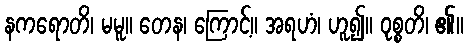
နကရောတိ၊ မမူ။ တေန၊ ကြောင့်။ အရဟံ၊ ဟူ၍။ ဝုစ္စတိ၊ ၏။